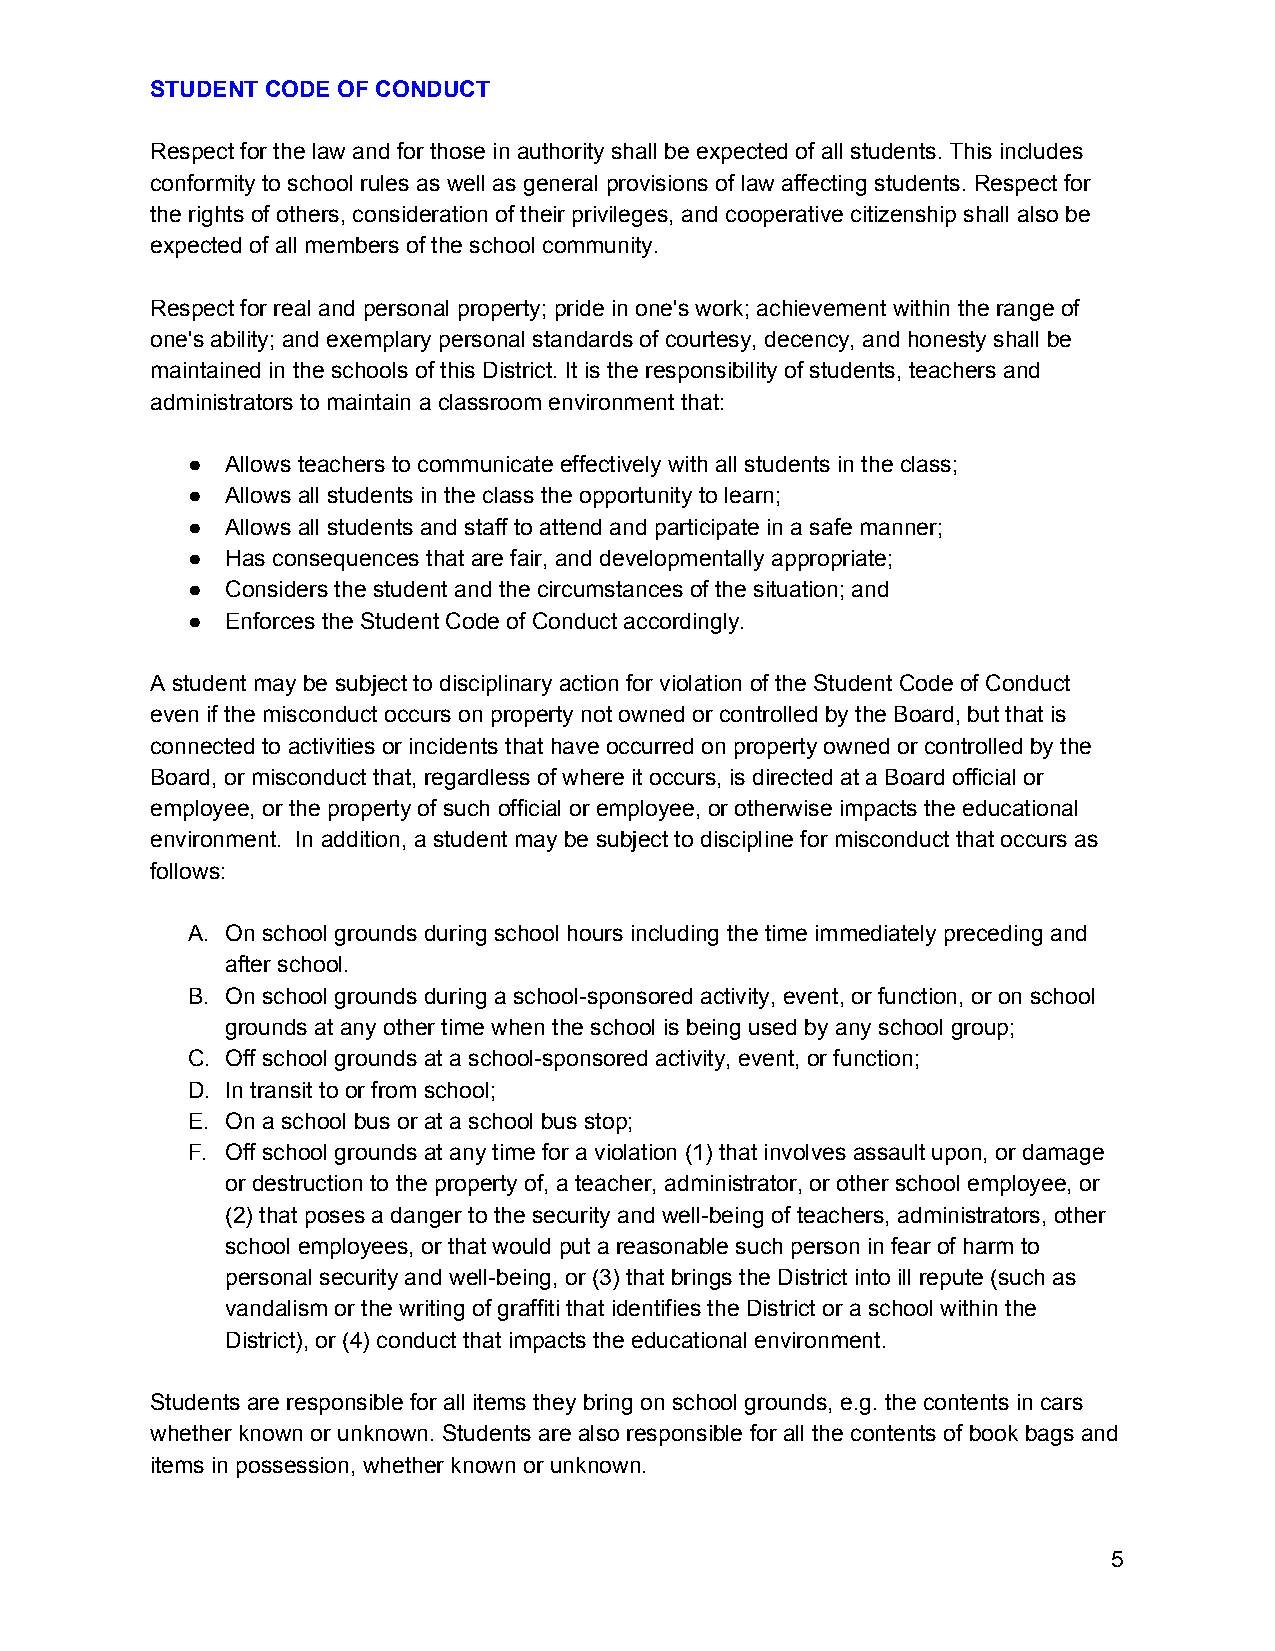
STUDENT CODE OF CONDUCT
 Respect for the law and for those in authority shall be expected of all students. This includes
 conformity to school rules as well as general provisions of law affecting students. Respect for
 the rights of others, consideration of their privileges, and cooperative citizenship shall also be
 expected of all members of the school community.
 Respect for real and personal property; pride in one's work; achievement within the range of
 one's ability; and exemplary personal standards of courtesy, decency, and honesty shall be
 maintained in the schools of this District. It is the responsibility of students, teachers and
 administrators to maintain a classroom environment that:
 ●  Allows teachers to communicate effectively with all students in the class;
 ●  Allows all students in the class the opportunity to learn;
 ●  Allows all students and staff to attend and participate in a safe manner;
 ●  Has consequences that are fair, and developmentally appropriate;
 ●  Considers the student and the circumstances of the situation; and
 ●  Enforces the Student Code of Conduct accordingly.
 A student may be subject to disciplinary action for violation of the Student Code of Conduct
 even if the misconduct occurs on property not owned or controlled by the Board, but that is
 connected to activities or incidents that have occurred on property owned or controlled by the
 Board, or misconduct that, regardless of where it occurs, is directed at a Board official or
 employee, or the property of such official or employee, or otherwise impacts the educational
 environment. In addition, a student may be subject to discipline for misconduct that occurs as
 follows:
 A. On school grounds during school hours including the time immediately preceding and
 after school.
 B. On school grounds during a school-sponsored activity, event, or function, or on school
 grounds at any other time when the school is being used by any school group;
 C. Off school grounds at a school-sponsored activity, event, or function;
 D. In transit to or from school;
 E. On a school bus or at a school bus stop;
 F. Off school grounds at any time for a violation (1) that involves assault upon, or damage
 or destruction to the property of, a teacher, administrator, or other school employee, or
 (2) that poses a danger to the security and well-being of teachers, administrators, other
 school employees, or that would put a reasonable such person in fear of harm to
 personal security and well-being, or (3) that brings the District into ill repute (such as
 vandalism or the writing of graffiti that identifies the District or a school within the
 District), or (4) conduct that impacts the educational environment.
 Students are responsible for all items they bring on school grounds, e.g. the contents in cars
 whether known or unknown. Students are also responsible for all the contents of book bags and
 items in possession, whether known or unknown.
 5